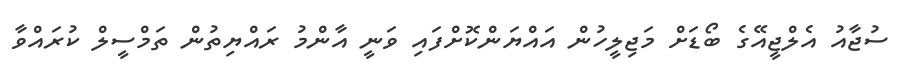
ސުޖާއު އެލްޖީއޭގެ ބޯޑަށް މަޖިލީހުން އައްޔަންކޮށްފައި ވަނީ އާންމު ރައްޔިތުން ތަމްސީލް ކުރައްވާ